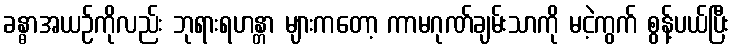
ခန္ဓာအယဉ်ကိုလည်း ဘုရားရဟန္တာ များကတော့ ကာမဂုဏ်ချမ်းသာကို မငဲ့ကွက် စွန့်ပယ်ပြီး